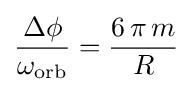
{\frac {\Delta \phi }{\omega _{\rm {orb}}}}={\frac {6\,\pi \,m}{R}}